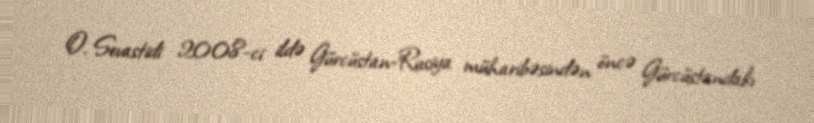
O. Sevastidi 2008-ci ildə Gürcüstan-Rusiya müharibəsindən öncə Gürcüstandakı